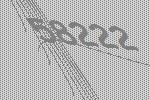
58222